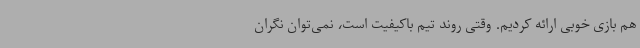
هم بازی خوبی ارائه کردیم. وقتی روند تیم باکیفیت است، نمی‌توان نگران